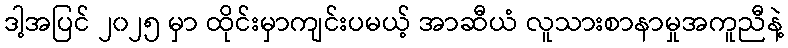
ဒါ့အပြင် ၂၀၂၅ မှာ ထိုင်းမှာကျင်းပမယ့် အာဆီယံ လူသားစာနာမှုအကူညီနဲ့